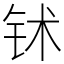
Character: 𬬸